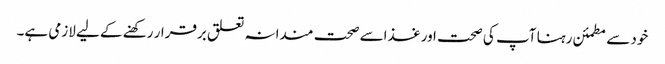
خود سے مطمئن رہنا آپ کی صحت اور غذاسے صحت مندانہ تعلق برقرار رکھنے کے لیے لازمی ہے۔